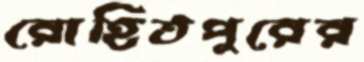
রোহিতপুরের